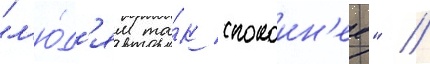
"л'ю́д'ям та́к спокоин'ее" //